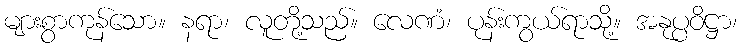
များစွာကုန်သော။ နရာ၊ လူတို့သည်။ လေဏံ၊ ပုန်းကွယ်ရာသို့။ အနုပ္ပဝိဋ္ဌာ၊